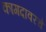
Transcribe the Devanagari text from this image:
कागदावरचे